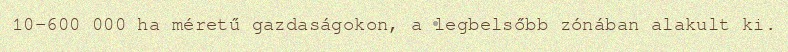
10-600 000 ha méretű gazdaságokon, a legbelsőbb zónában alakult ki.